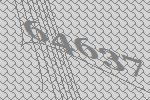
64637